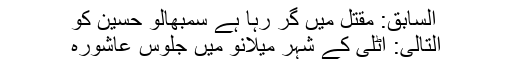
السابق: مقتل میں گِر رہا ہے سمبھالو حسینؑ کو
التالى: اٹلی کے شہر میلانو میں جلوس عاشورہ